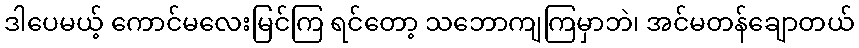
ဒါပေမယ့် ကောင်မလေးမြင်ကြ ရင်တော့ သဘောကျကြမှာဘဲ၊ အင်မတန်ချောတယ်